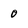
Character: 0